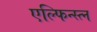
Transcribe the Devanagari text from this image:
एल्फिन्स्त्न